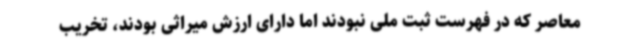
معاصر که در فهرست ثبت ملی نبودند اما دارای ارزش میراثی بودند، تخریب